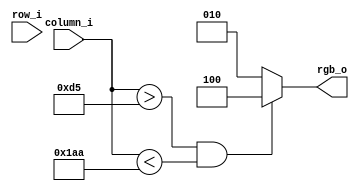
module pattGen (
	//Lista de porturi
	output	[2:0] rgb_o,
	input	[8:0] row_i,
	input	[9:0] column_i
	
);
//Lista de parametrii
localparam RED   = 3'b100;
localparam GREEN = 3'b010;
localparam BLUE  = 3'b001;

localparam x0 = 213;
localparam x1 = 426;


//Semnale interne
// N/A

//Cod
//always @(*)
//if ((column_i > x0) & (column_i < x1)) rgb_o = RED; else
//											rgb_o = GREEN;

assign rgb_o = ((column_i > x0) & (column_i < x1))? RED : GREEN;

endmodule